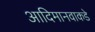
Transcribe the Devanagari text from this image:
आदिमानवाकडे